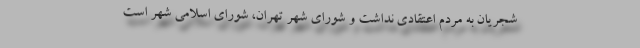
شجریان به مردم اعتقادی نداشت و شورای شهر تهران، شورای اسلامی شهر است